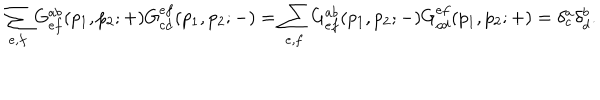
LaTeX: \sum _ { e , f } G _ { e f } ^ { a b } ( p _ { 1 } , p _ { 2 } ; + ) G _ { c d } ^ { e f } ( p _ { 1 } , p _ { 2 } ; - ) = \sum _ { e , f } G _ { e f } ^ { a b } ( p _ { 1 } , p _ { 2 } ; - ) G _ { c d } ^ { e f } ( p _ { 1 } , p _ { 2 } ; + ) = \delta _ { c } ^ { a } \delta _ { d } ^ { b } .